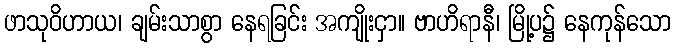
ဖာသုဝိဟာယ၊ ချမ်းသာစွာ နေရခြင်း အကျိုးငှာ။ ဗာဟိရာနီ၊ မြို့ပ၌ နေကုန်သော